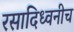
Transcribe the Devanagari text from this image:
रसादिध्वनीच